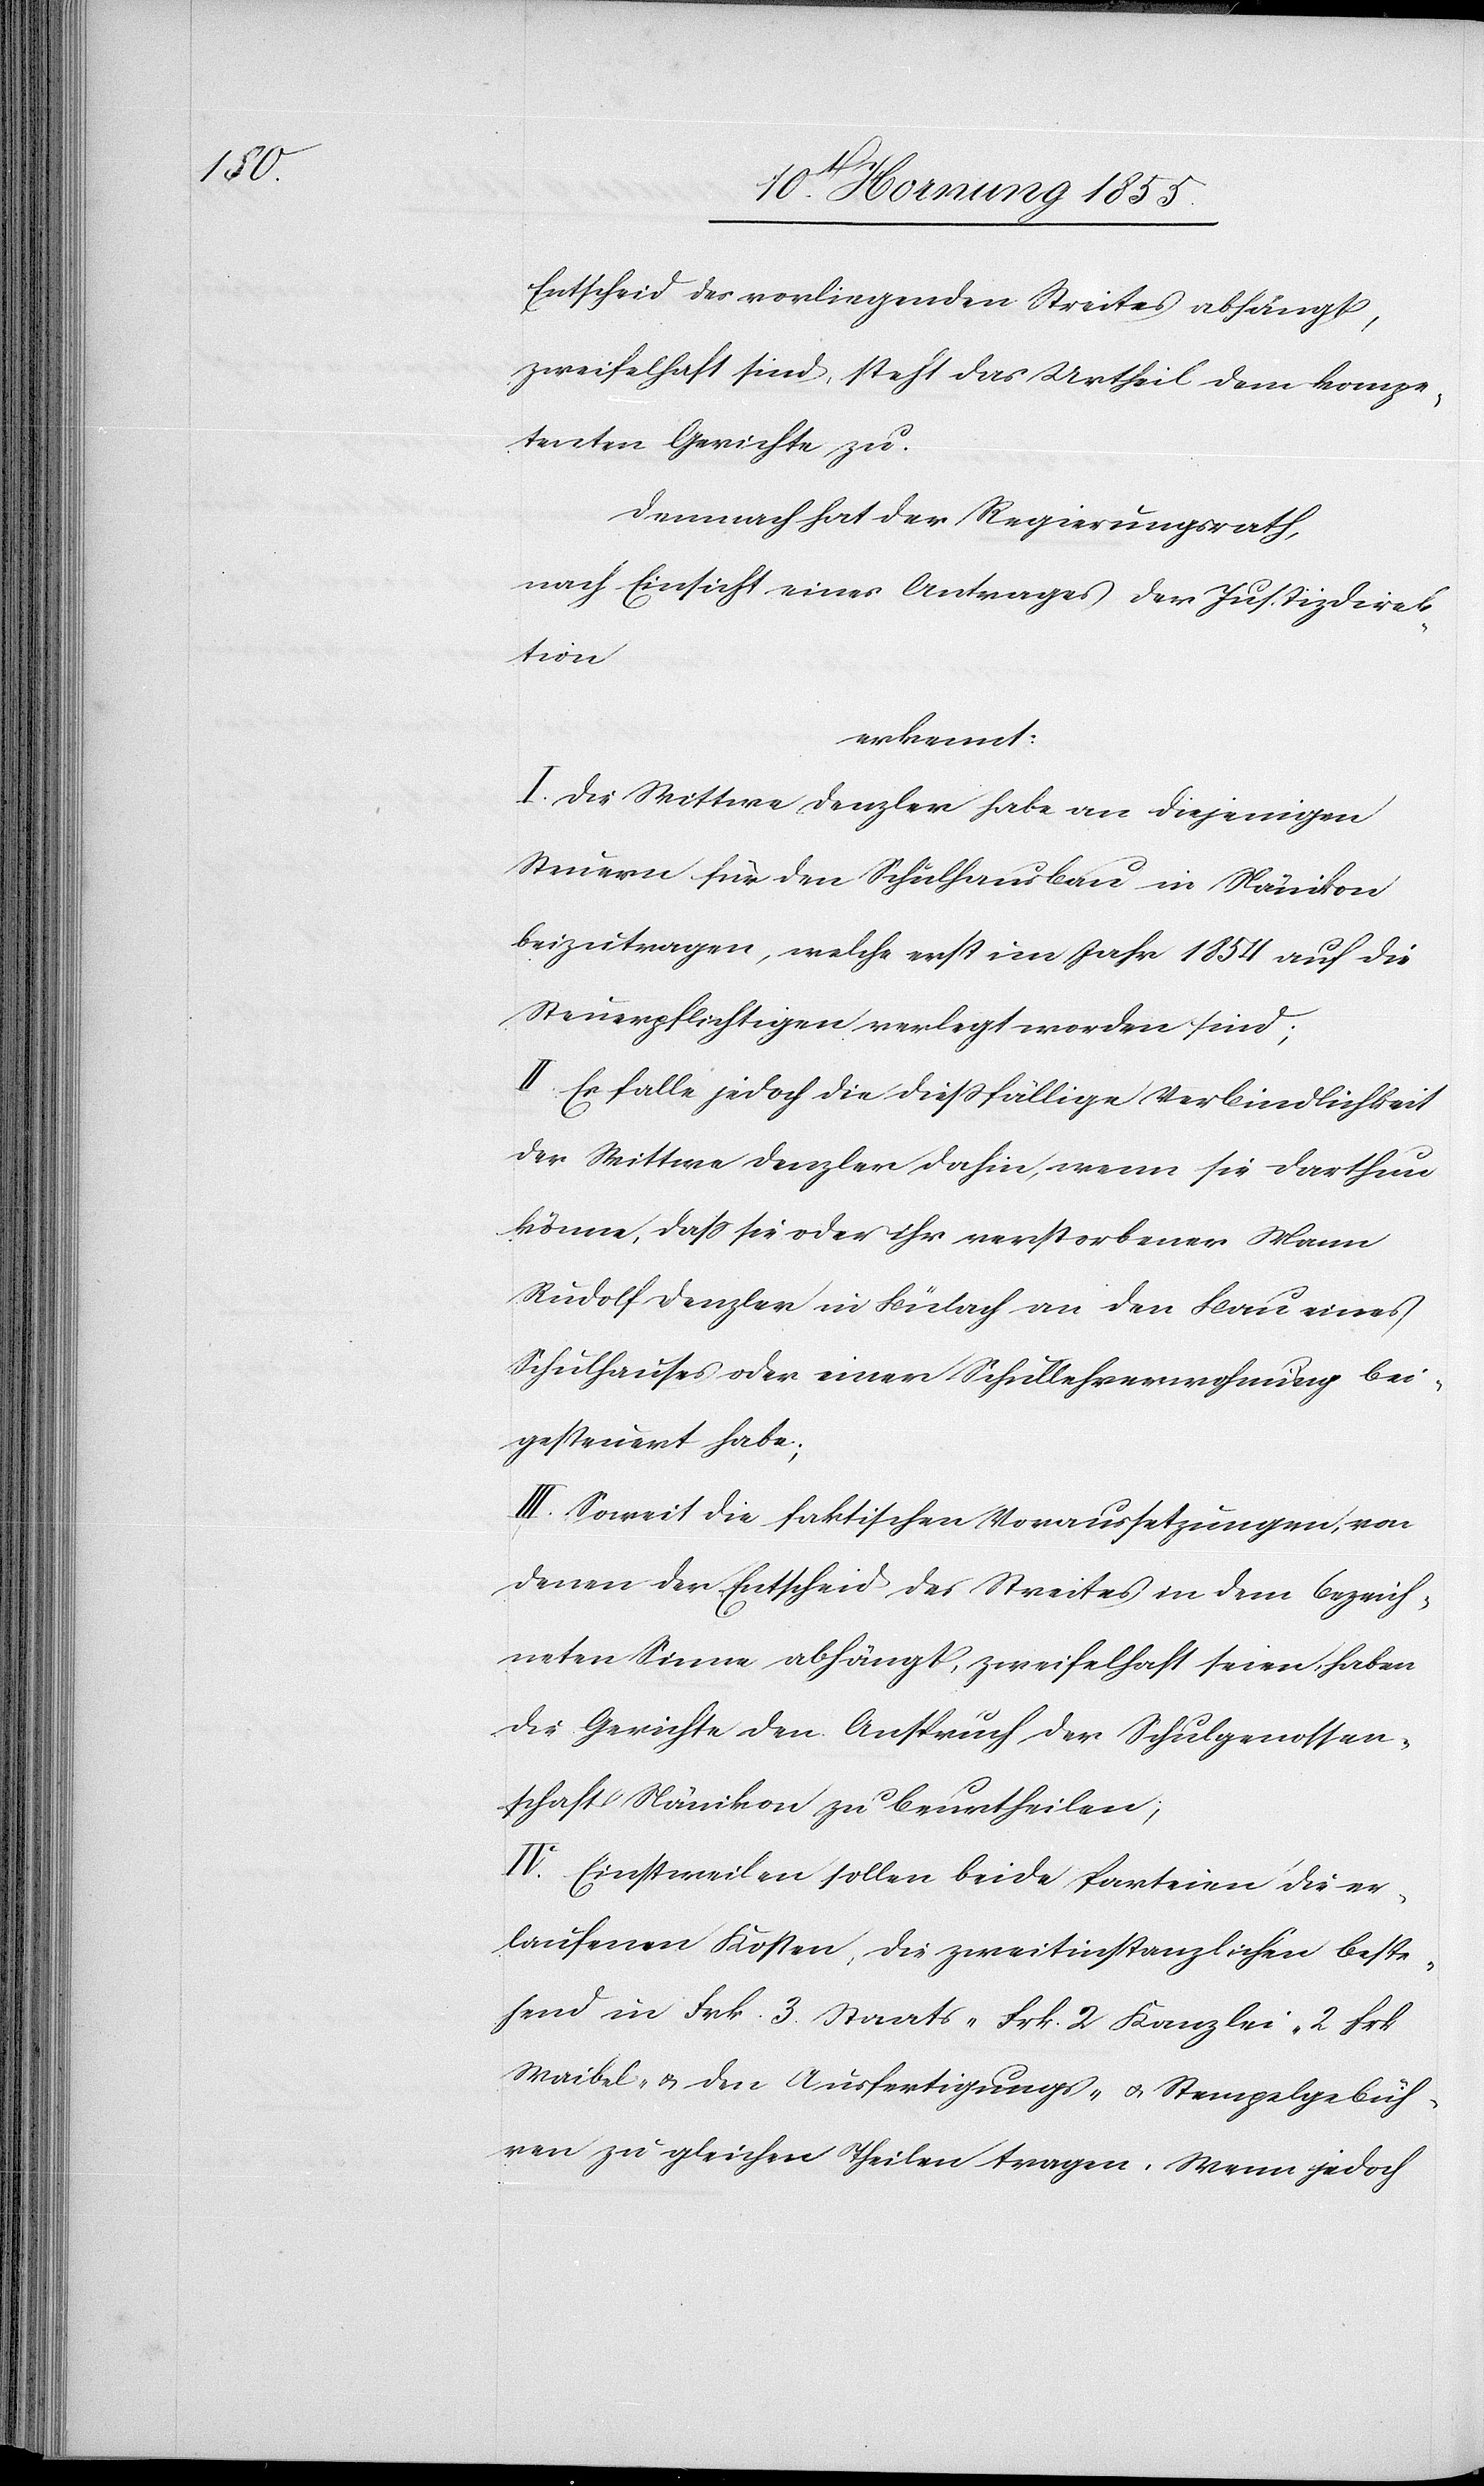
Entscheid des vorliegenden Streites abhängt,
zweifelhaft sind, steht das Urtheil dem kompe¬
tenten Gerichte zu.
Demnach hat der Regierungsrath,
nach Einsicht eines Antrages der Justizdirek¬
tion
erkennt:
I. Die Wittwe Denzler habe an diejenigen
Steuern für den Schulhausbau in Nänikon
beizutragen, welche erst im Jahr 1854 auf die
Steuerpflichtigen verlegt worden sind;
II. Es falle jedoch die diessfällige Verbindlichkeit
der Wittwe Denzler dahin, wenn sie darthun
könne, dass sie oder ihr verstorbener Mann
Rudolf Denzler in Bülach an den Bau eines
Schulhauses oder einer Schullehrerwohnung bei¬
gesteuert habe;
III. Soweit die faktischen Voraussetzungen, von
denen der Entscheid des Streites in dem bezeich¬
neten Sinne abhängt, zweifelhaft seien, haben
die Gerichte den Anspruch der Schulgenossen¬
schaft Nänikon zu beurtheilen;
IV. Einstweilen sollen beide Parteien die er¬
laufenen Kosten, die zweitinstanzlichen beste¬
hend in Frk. 3. Staats-[,] Frk. 2 Kanzlei-[,] 2 Frk.
Waibel- & den Ausfertigungs- & Stempelgebüh¬
ren zu gleichen Theilen tragen. Wenn jedoch